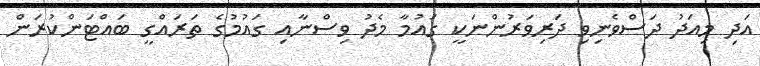
އަދި މިއަދު ދަސްވެނިވި ދަރިވަރުންނަކީ ގައުމާ މެދު ވިސްނާއި ގައުމުގެ ތަރައްގީ ބައްޓަންކުރަން